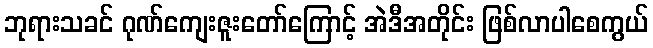
ဘုရားသခင် ဂုဏ်ကျေးဇူးတော်ကြောင့် အဲဒီအတိုင်း ဖြစ်လာပါစေကွယ်